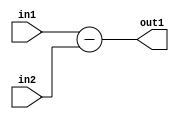
module lab2(in1,in2,out1);

input [7:0] in1,in2;
output [7:0] out1;

assign out1 = in1 - in2;

endmodule